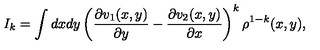
I _ { k } = \int d x d y \left( \frac { \partial v _ { 1 } ( x , y ) } { \partial y } - \frac { \partial v _ { 2 } ( x , y ) } { \partial x } \right) ^ { k } \rho ^ { 1 - k } ( x , y ) ,